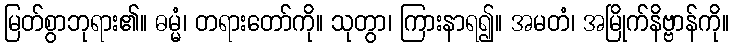
မြတ်စွာဘုရား၏။ ဓမ္မံ၊ တရားတော်ကို။ သုတွာ၊ ကြားနာရ၍။ အမတံ၊ အမြိုက်နိဗ္ဗာန်ကို။